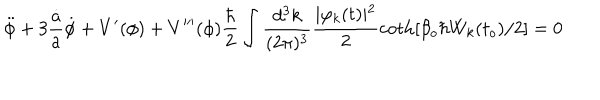
\ddot { \phi } + 3 \frac { \dot { a } } { a } \dot { \phi } + V ^ { \prime } ( \phi ) + V ^ { \prime \prime \prime } ( \phi ) \frac { \hbar } { 2 } \int \frac { d ^ { 3 } k } { ( 2 \pi ) ^ { 3 } } \frac { \mid \varphi _ { k } ( t ) \mid ^ { 2 } } { 2 } \coth \left[ \beta _ { o } \hbar W _ { k } ( t _ { o } ) / 2 \right] = 0